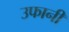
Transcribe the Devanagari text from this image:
उफानी